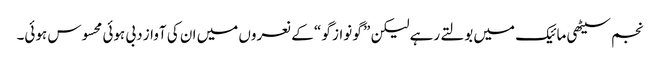
نجم سیٹھی مائیک میں بولتے رہے لیکن ” گو نواز گو “ کے نعروں میں ان کی آواز دبی ہوئی محسوس ہوئی۔